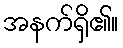
အနက်ရှိ၏။